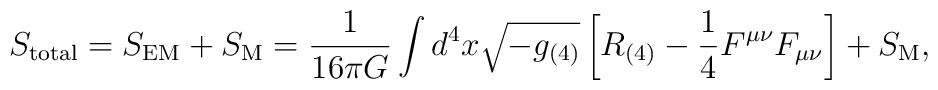
S_{\rm total} = S_{\rm EM} + S_{\rm M} = \frac{1}{16\pi G} \int d^4x\sqrt{-g_{(4)}}\left[R_{(4)} -  \frac{1}{4} F^{\mu\nu}F_{\mu\nu} \right] + S_{\rm M},